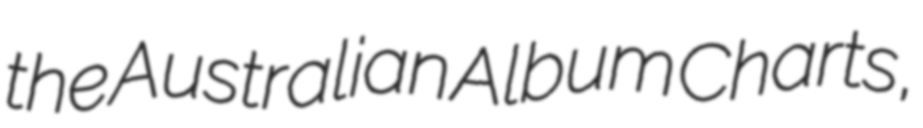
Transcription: the Australian Album Charts,